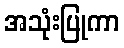
အသုံးပြုကာ